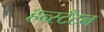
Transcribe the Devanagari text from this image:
हन्स्टँटन